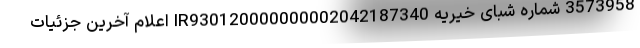
3573958 شماره شبای خیریه IR930120000000002042187340 اعلام آخرین جزئیات